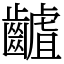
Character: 䶥